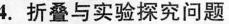
4.折叠与实验探究问题